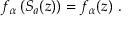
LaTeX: f _ { \alpha } \left( S _ { a } ( z ) \right) = f _ { \alpha } ( z ) \ .